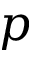
p